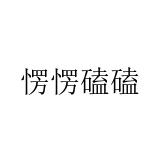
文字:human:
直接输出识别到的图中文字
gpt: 愣愣磕磕